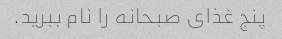
پنج غذای صبحانه را نام ببرید.